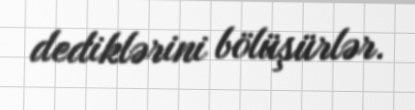
dediklərini bölüşürlər.